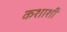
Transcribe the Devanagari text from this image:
कशाशीं